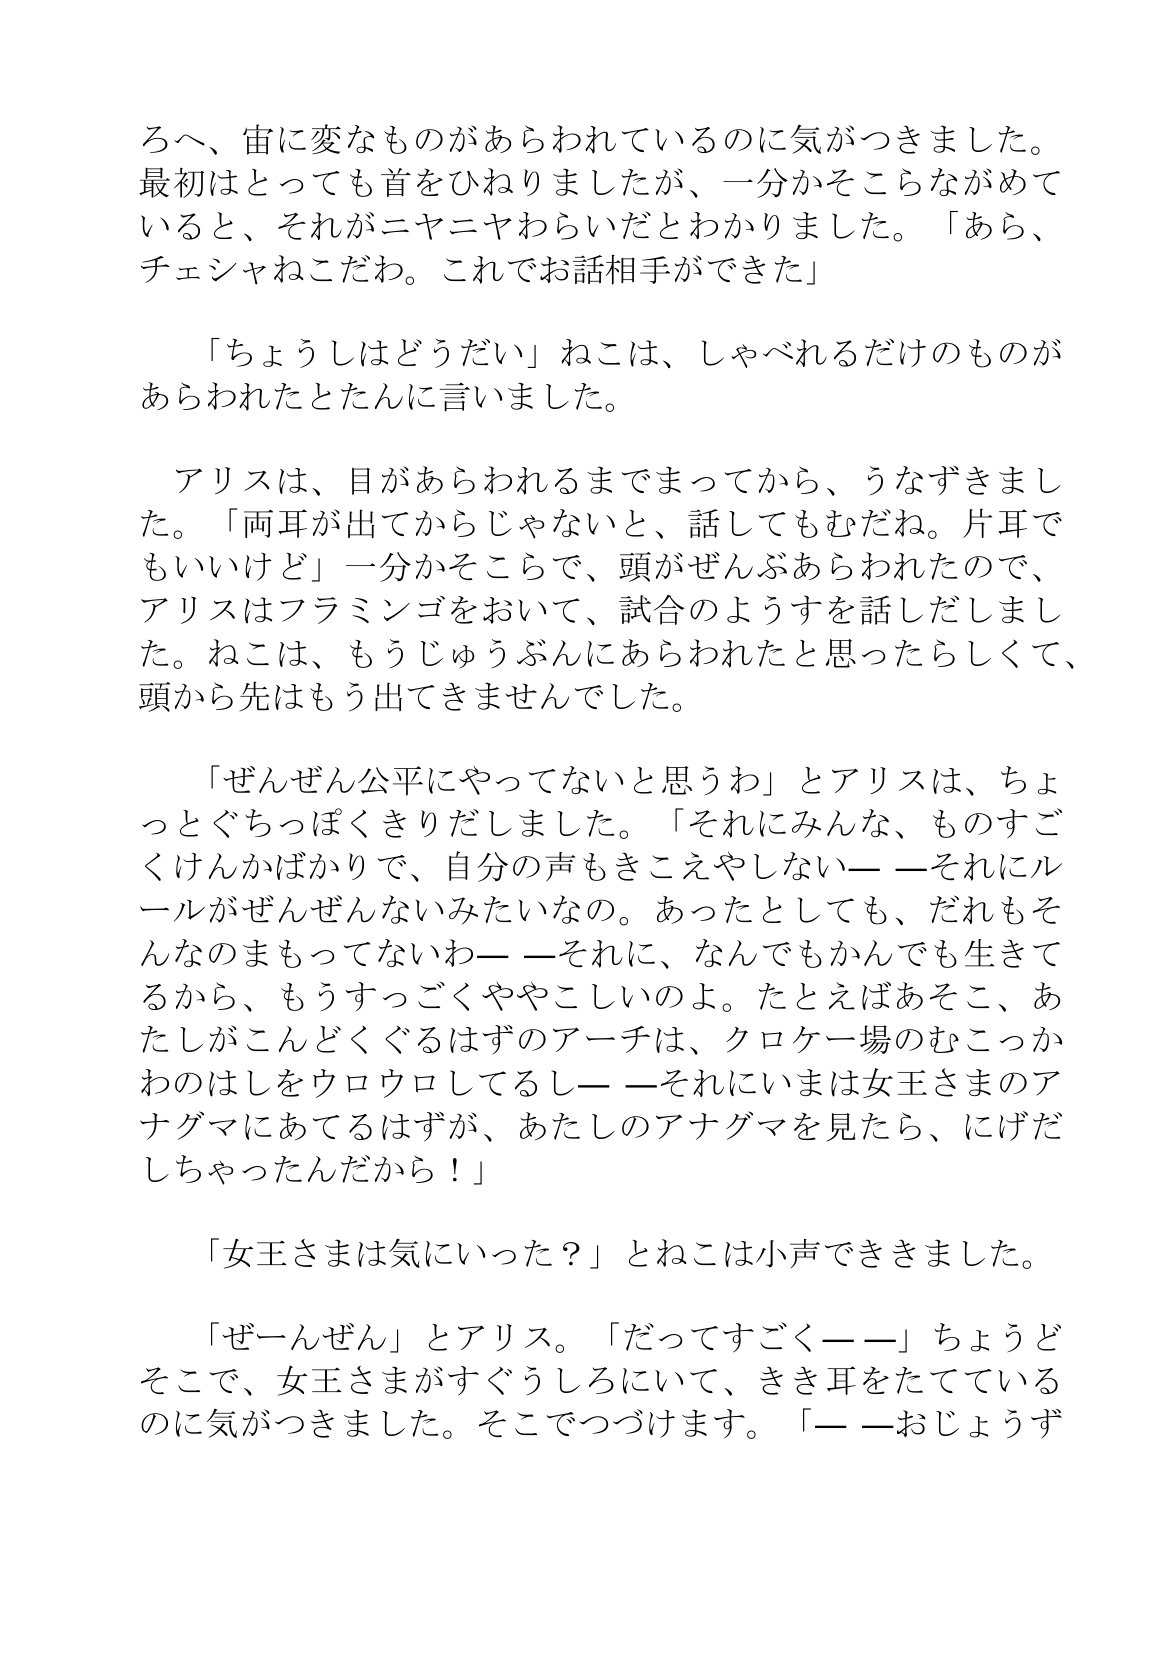
Language: ja